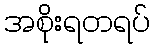
အစိုးရတရပ်